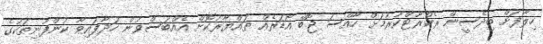
ހިލާފަށް ބިދޭސީން ރެކްރޫޓްކުރުމަށް ހާއްސަ ޖޮބް އޯޑަރެއް ތައްޔާރުކޮށް އެއްބަސްވުން ހަދާފައިވާ ކުންފުނިތަކުގެ